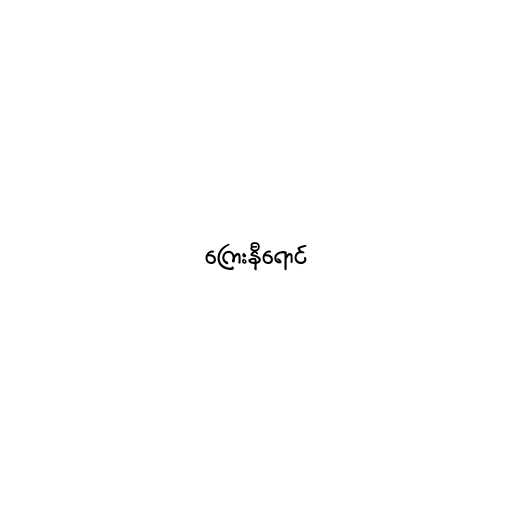
ကြေးနီရောင်